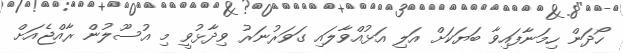
ހޯދަން ހިމަނާފައިވާ ބަޔަކަށް އަލި އަޅުއްވާލައި ގަވަރުނަރު ވިދާޅުވީ މި އުސޫލުން ރާއްޖެއަށް